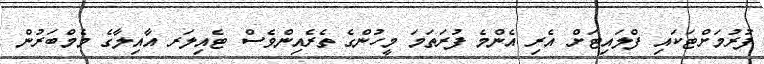
ފުރުމަށްޓަކައި ފްލައިޓަށް އެރި އެންމެ ފުރަތަމަ މީހުންގެ ތެރެއިންވެސް ޓެއިލަރ އާއިލާގެ މެމްބަރުން